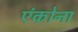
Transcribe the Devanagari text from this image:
एंकोना